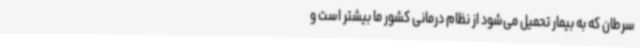
سرطان که به بیمار تحمیل می‌شود از نظام درمانی کشور ما بیشتر است و